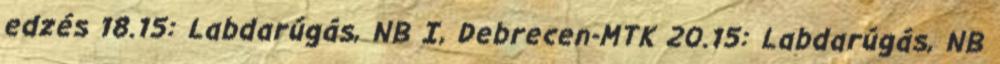
edzés 18.15: Labdarúgás, NB I, Debrecen-MTK 20.15: Labdarúgás, NB